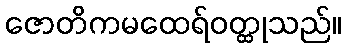
ဇောတိကမထေရ်ဝတ္ထုသည်။